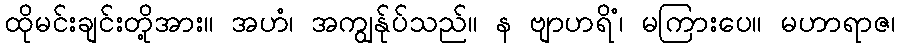
ထိုမင်းချင်းတို့အား။ အဟံ၊ အကျွန်ုပ်သည်။ န ဗျာဟရိံ၊ မကြားပေ။ မဟာရာဇ၊